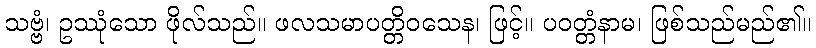
သဗ္ဗံ၊ ဥဿုံသော ဖိုလ်သည်။ ဖလသမာပတ္တိဝသေန၊ ဖြင့်။ ပဝတ္တံနာမ၊ ဖြစ်သည်မည်၏။